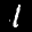
Label: 1